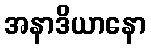
အနာဒိယာနော